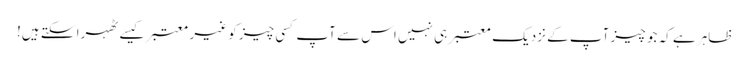
ظاہر ہے کہ جو چیز آپ کے نزدیک معتبر ہی نہیں اس سے آپ کسی چیز کو غیر معتبر کیسے ٹھہرا سکتے ہیں!